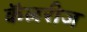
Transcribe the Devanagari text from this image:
कॅलरीज